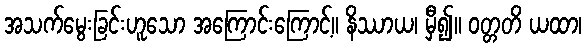
အသက်မွေးခြင်းဟူသော အကြောင်းကြောင့်။ နိဿာယ၊ မှီ၍။ ဝတ္တတိ ယထာ၊